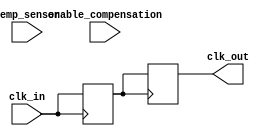
module TempCompensatedClockBuffer (
    input wire clk_in,               // Input clock signal
    input wire temp_sensor,          // Temperature sensor signal (digital, for simplicity)
    input wire enable_compensation,  // Enable compensation logic
    output reg clk_out               // Output clock signal
);

    // Parameters for compensation adjustment
    parameter TEMP_THRESHOLD = 8'd25; // Example temperature threshold in degrees
    parameter COMPENSATION_FACTOR = 2; // Example compensation factor

    reg [7:0] current_temperature;     // Current temperature register
    reg [7:0] adjusted_delay;          // Delay adjustment based on temperature
    reg clk_buf;                       // Internal clock buffer signal

    // Clock generation logic
    always @(posedge clk_in) begin
        // Simulate reading temperature (for this example, we'll just assign a value)
        current_temperature <= temp_sensor; // Assume temp_sensor is digital input
        
        // Adjust delay based on temperature
        if (enable_compensation) begin
            if (current_temperature > TEMP_THRESHOLD) begin
                adjusted_delay <= COMPENSATION_FACTOR; // Adjust delay for high temperature
            end else begin
                adjusted_delay <= 8'd0; // No adjustment for low temperature
            end
        end else begin
            adjusted_delay <= 8'd0; // No compensation
        end
    end

    // Output clock generation with compensation
    always @(posedge clk_in) begin
        // Buffering the clock signal with potential delay adjustment
        if (adjusted_delay > 0) begin
            // Simulate delay adjustment (not real delay, just for representation)
            clk_buf <= clk_in; // Buffer the clock
            // You can add further logic here to introduce actual delay
        end else begin
            clk_buf <= clk_in; // Pass the input clock directly
        end
    end

    // Assigning the buffered clock to output
    always @(posedge clk_buf) begin
        clk_out <= clk_buf; // Output the buffered clock signal
    end

endmodule